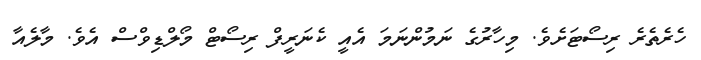
ހެރެތެރެ ރިސޯޓަށެވެ. މިހާރުގެ ނަމުންނަމަ އެއީ ކެނަރީފް ރިސޯޓް މޯލްޑިވްސް އެވެ. މާލެއާ